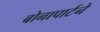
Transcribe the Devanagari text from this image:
बोनापार्टने